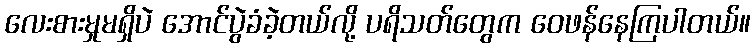
လေးစားမှုမရှိပဲ အောင်ပွဲခံခဲ့တယ်လို့ ပရိသတ်တွေက ဝေဖန်နေကြပါတယ်။